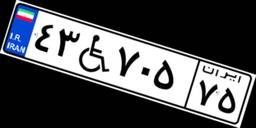
۴۳W۷۰۵۷۵